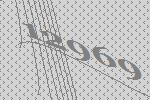
12969